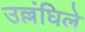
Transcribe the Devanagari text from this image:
उल्लंघिले